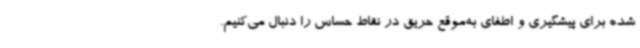
شده برای پیشگیری و اطفای به‌موقع حریق در نقاط حساس را دنبال می‌کنیم.